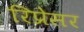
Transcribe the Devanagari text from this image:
रिप्रेसर